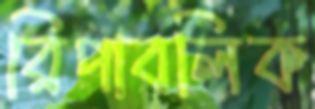
রিপাবলিক